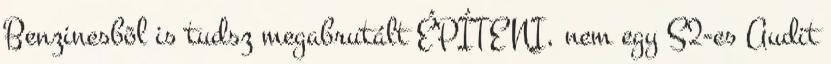
Benzinesbõl is tudsz megabrutált ÉPÍTENI, nem egy S2-es Audit